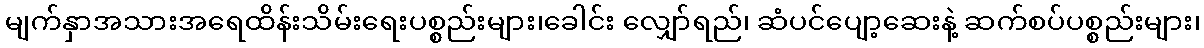
မျက်နှာအသားအရေထိန်းသိမ်းရေးပစ္စည်းများ၊ခေါင်း လျှော်ရည်၊ ဆံပင်ပျော့ဆေးနဲ့ ဆက်စပ်ပစ္စည်းများ၊